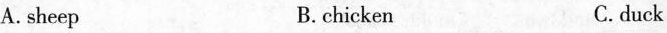
A. sheep B. chicken C. duck